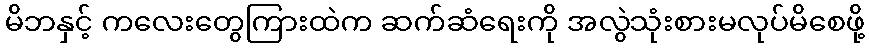
မိဘနှင့် ကလေးတွေကြားထဲက ဆက်ဆံရေးကို အလွဲသုံးစားမလုပ်မိစေဖို့